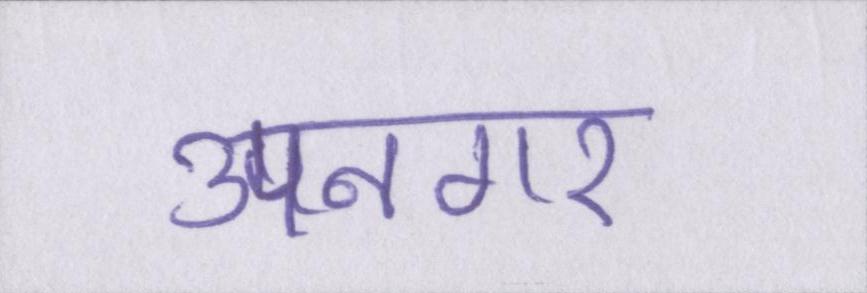
उपनगर